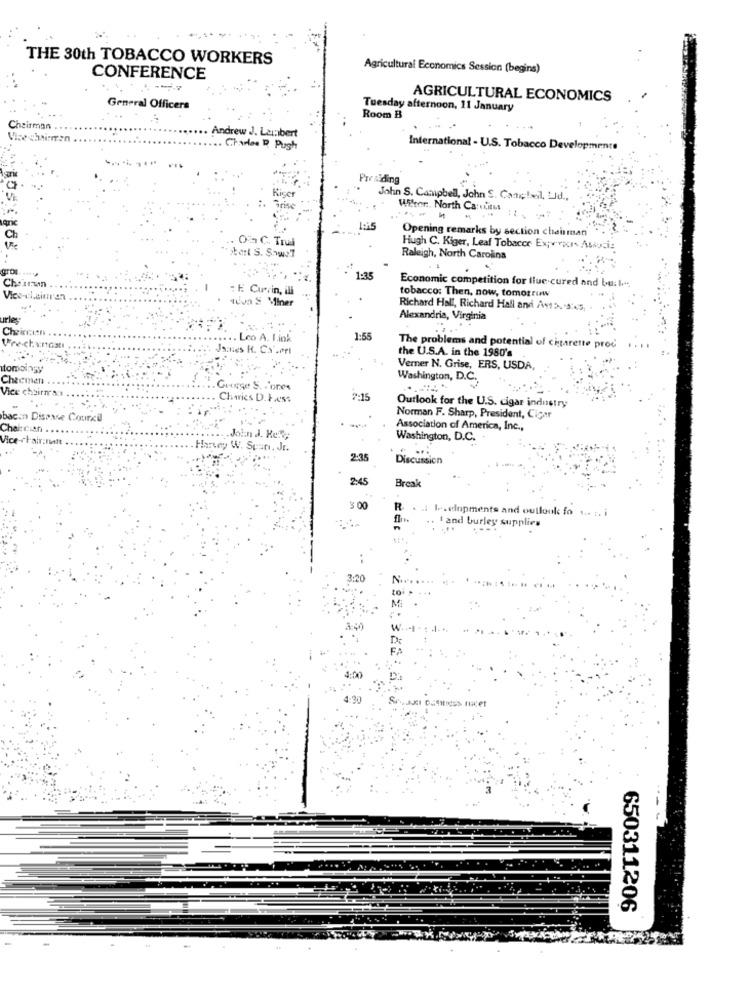
THE 30th TOBACCO WORKERS
Agricultural Economics Session (begins)
CONFERENCE
AGRICULTURAL ECONOMICS
General Officers
Tuesday afternoon, 11 January
Room B
Chairman
Andrew J. Lambert
Vice chairman
Charles R Pugh
International - U.S. Tobacco Developments
Presiding
Rice
John S. Campbell, John S. Canchadil, Lid .,
Grise
Wilfor. North Ca: citus
varic
Opening remarks by section chairman
Oin C. Trud
het S. ShowsT
Hugh C. Kiger, Leaf Tobacco Experpcr Associa
Raleigh, North Carolina
Choirrun
1-35
Economic competition for lluc cured and bu: I ....
;E Curin, ill
tobacco: Then, now, tomorrow
tuva S Miner
Richard Hall, Richard Hall and Av15. 5:45,
Alexandria, Virginia
Chaircen
Leo A. Link
1:55
Vre-chundstı
Isaties R. Ca'.orl
The problems and potential of cigarette proc
the U.S.A. in the 1980'
tomoinsy
Verner N. Grise, ERS, USDA,
Chacmen
Washington, D.C.
"one
Charies D.Fess
-15
Outlook for the U.S. cigar industry
bacon Disease Courci
Norman F. Sharp, President, Cicar
Association of America, Inc .,
John J. Keke,
Washington, D.C.
Harvey W. Span. Jr.
2:35
Discussion
2:45
Break
3.00
. .. ... enpments and outlook fo ... .. i
.. ! and burley supplies
3:20
650311206